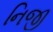
નિજી